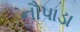
નૌપાડા